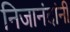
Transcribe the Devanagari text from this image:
निजानंदांनी